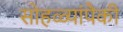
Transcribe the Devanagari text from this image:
सोहळ्यांपैकी